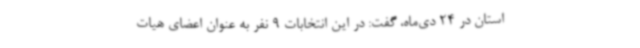
استان در 24 دی‌ماه، گفت: در این انتخابات 9 نفر به عنوان اعضای هیات